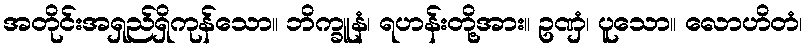
အတိုင်းအရှည်ရှိကုန်သော။ ဘိက္ခူနံ၊ ရဟန်းတို့အား။ ဥဏှံ၊ ပူသော။ လောဟိတံ၊